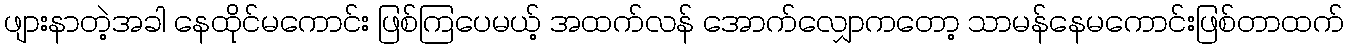
ဖျားနာတဲ့အခါ နေထိုင်မကောင်း ဖြစ်ကြပေမယ့် အထက်လန် အောက်လျှောကတော့ သာမန်နေမကောင်းဖြစ်တာထက်